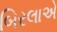
બિરલાએ